Civil Veterinary Department. United Provinces 1932-42 - 1932-1942
Year: 1932
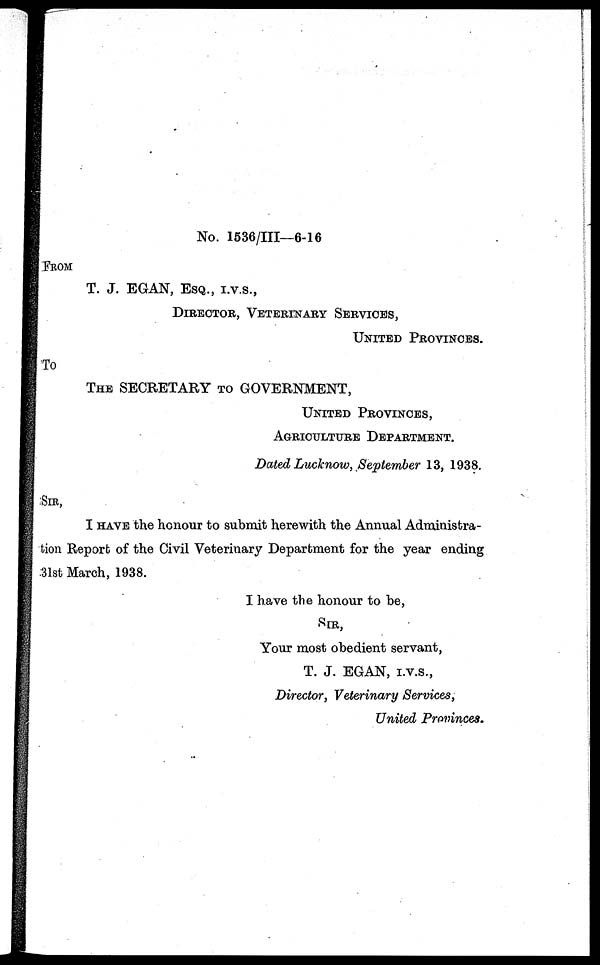
No. 1536/III—6-16
FROM
T. J. EGAN, ESQ., I.V.S.,
DIRECTOR, VETERINARY SERVICES,
UNITED
PROVINCES.
To
THE SECRETARY TO GOVERNMENT,
UNITED PROVINCES ,
AGRICULTURE
DEPARTMENT.
Dated Lucknow, September 13, 1938.
SIR,
I HAVE the honour to submit herewith the Annual Administra-
tion Report of the Civil Veterinary Department for the year ending
31st March, 1938.
I have the honour to be,
SIR,
Your most obedient servant,
T. J. EGAN, I.V.S.,
Director, Veterinary Services,
United Provinces.